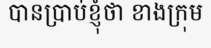
បានប្រាប់ខ្ញុំថា ខាងក្រុម